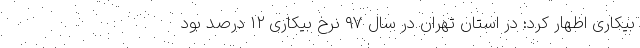
بیکاری اظهار کرد: در استان تهران در سال ۹۷ نرخ بیکاری ۱۲ درصد بود